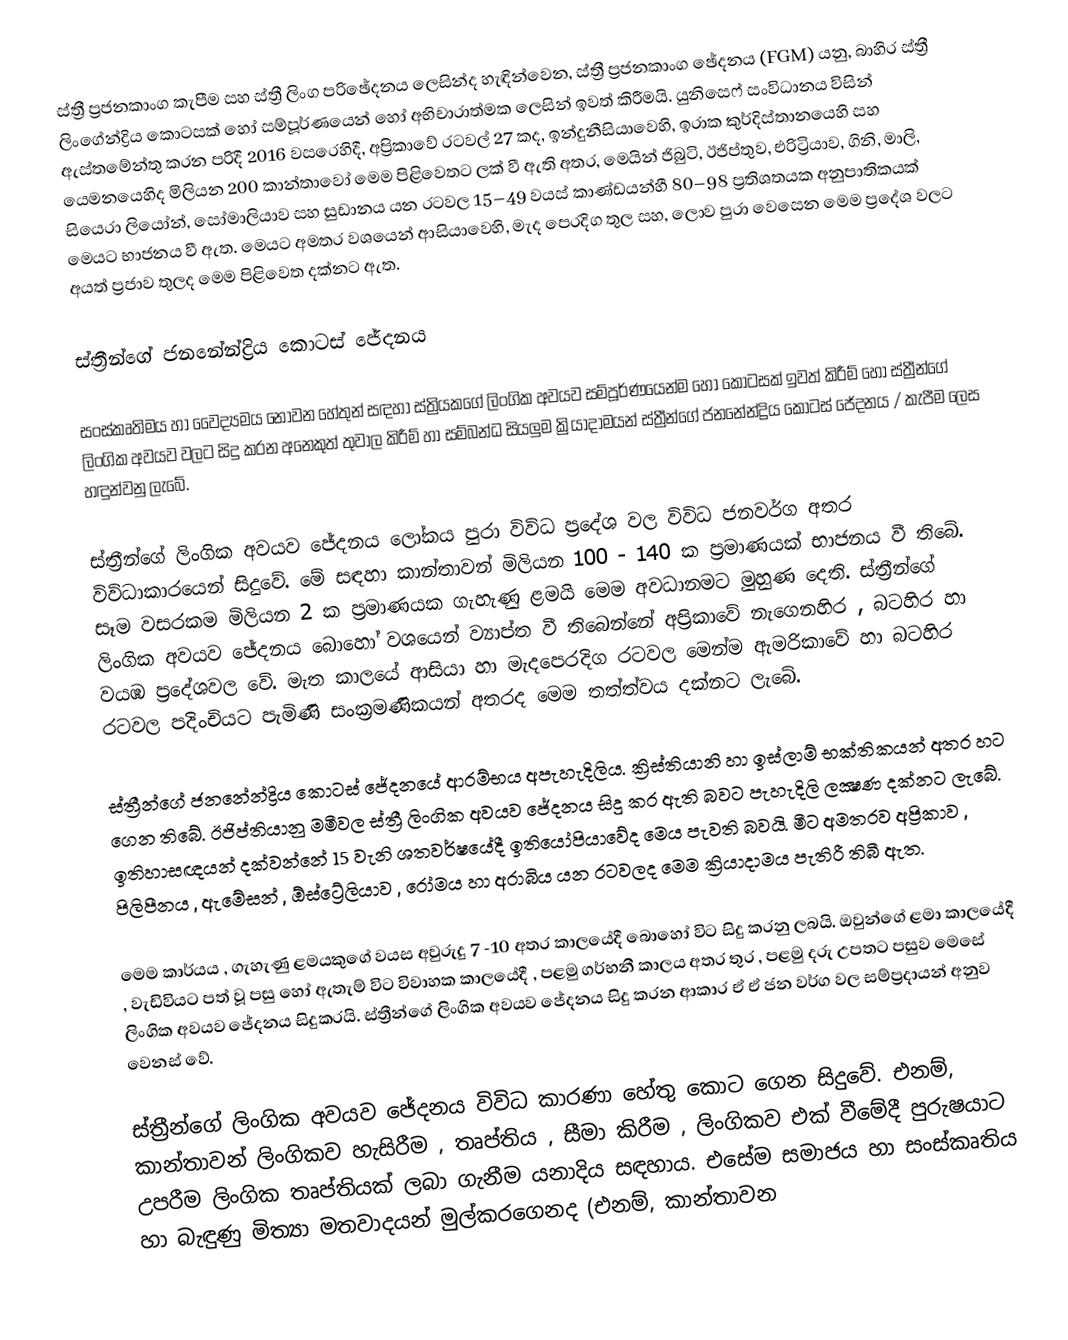
ස්ත්‍රී ප්‍රජනකාංග කැපීම සහ ස්ත්‍රී ලිංග පරිඡේදනය ලෙසින්ද හැඳින්වෙන, ස්ත්‍රී ප්‍රජනකාංග ඡේදනය (FGM) යනු, බාහිර ස්ත්‍රී ලිංගේන්ද්‍රිය කොටසක් හෝ සම්පූර්ණයෙන් හෝ අභිචාරාත්මක ලෙසින් ඉවත් කිරීමයි. යුනිසෙෆ් සංවිධානය විසින් ඇස්තමේන්තු කරන පරිදී  2016 වසරෙහිදී, අප්‍රිකාවේ රටවල් 27 කද, ඉන්දුනීසියාවෙහි, ඉරාක කුර්දිස්තානයෙහි සහ යෙමනයෙහිද මිලියන 200 කාන්තාවෝ මෙම පිළිවෙතට ලක් වී ඇති අතර,   මෙයින් ජිබුටි, ඊජිප්තුව, එරිට්‍රියාව, ගිනි, මාලි, සියෙරා ලියෝන්, සෝමාලියාව සහ සුඩානය යන රටවල 15–49 වයස් කාණ්ඩයන්හී  80–98 ප්‍රතිශතයක අනුපාතිකයක්  මෙයට භාජනය වී ඇත. මෙයට අමතර වශයෙන් ආසියාවෙහි, මැද පෙරදිග තුල සහ, ලොව පුරා වෙසෙන මෙම ප්‍රදේශ වලට අයත් ප්‍රජාව තුලද මෙම පිළිවෙත දක්නට ඇත.

ස්ත්‍රීන්ගේ ජනනේන්ද්‍රිය කොටස් ජේදනය

සංස්කෘතිමය හා වෛද්‍යමය නොවන හේතුන් සඳහා ස්ත්‍රියකගේ ලිංගික අවයව  සම්පූර්ණයෙන්ම හෝ කොටසක් ඉවත් කිරීම් හෝ ස්ත්‍රීන්ගේ ලිංගික අවයව වලට සිදු කරන අනෙකුත් තුවාල කිරීම් හා සම්බන්ධ සියලුම ක්‍රියාදාමයන් ස්ත්‍රීන්ගේ ජනනේන්ද්‍රිය කොටස්  ජේදනය / කැපීම ලෙස හඳුන්වනු ලැබේ.

ස්ත්‍රීන්ගේ ලිංගික අවයව ජේදනය ලෝකය පුරා විවිධ ප්‍රදේශ වල විවිධ ජනවර්ග අතර විවිධාකාරයෙන් සිදුවේ. මේ සඳහා කාන්තාවන් මිලියන 100 - 140 ක ප්‍රමාණයක් භාජනය වී තිබේ. සෑම වසරකම මිලියන 2 ක ප්‍රමාණයක ගැහැණු ළමයි මෙම අවධානමට මුහුණ දෙති. ස්ත්‍රීන්ගේ ලිංගික අවයව ජේදනය බොහෝ වශයෙන් ව්‍යාප්ත වී තිබෙන්නේ අප්‍රිකාවේ නැගෙනහිර , බටහිර හා වයඹ ප්‍රදේශවල වේ. මැත කාලයේ ආසියා හා මැදපෙරදිග රටවල මෙන්ම ඇමරිකාවේ හා බටහිර රටවල පදිංචියට පැමිණි සංක්‍රමණිකයන් අතරද මෙම තත්ත්වය දක්නට ලැබේ.

ස්ත්‍රීන්ගේ ජනනේන්ද්‍රිය කොටස් ජේදනයේ ආරම්භය අපැහැදිලිය. ක්‍රිස්තියානි හා ඉස්ලාම් භක්තිකයන් අතර හට ගෙන තිබේ. ඊජිප්තියානු මමීවල ස්ත්‍රී ලිංගික අවයව ජේදනය සිදු කර ඇති බවට පැහැදිලි ලක්‍ෂණ දක්නට ලැබේ. ඉතිහාසඥයන් දක්වන්නේ 15 වැනි ශතවර්ෂයේදී ඉතියෝපියාවේද මෙය පැවති බවයි. මීට අමතරව අප්‍රිකාව , පිලිපීනය , ඇමේසන් , ඕස්ට්‍රේලියාව , රෝමය හා අරාබිය යන රටවලද මෙම ක්‍රියාදාමය පැතිරී තිබී ඇත.

මෙම කාර්යය , ගැහැණු ළමයකුගේ වයස අවුරුදු 7 -10 අතර කාලයේදී බොහෝ විට සිදු කරනු ලබයි. ඔවුන්ගේ ළමා කාලයේදී , වැඩිවියට පත් වූ පසු හෝ ඇතැම් විට විවාහක කාලයේදී , පළමු ගර්භනී කාලය අතර තුර , පළමු දරු උපතට පසුව මෙසේ ලිංගික අවයව ජේදනය සිදුකරයි. ස්ත්‍රීන්ගේ ලිංගික අවයව ජේදනය සිදු කරන ආකාර ඒ ඒ ජන වර්ග වල සම්ප්‍රදායන් අනුව වෙනස් වේ.

ස්ත්‍රීන්ගේ ලිංගික අවයව ජේදනය විවිධ කාරණා හේතු කොට ගෙන සිදුවේ.  එනම්, කාන්තාවන් ලිංගිකව හැසිරීම , තෘප්තිය ,  සීමා කිරීම , ලිංගිකව එක් වීමේදී පුරුෂයාට උපරීම ලිංගික තෘප්තියක් ලබා ගැනීම යනාදිය සඳහාය. එසේම සමාජය හා සංස්කෘතිය හා බැඳුණු මිත්‍යා මතවාදයන් මුල්කරගෙනද (එනම්, කාන්තාවන